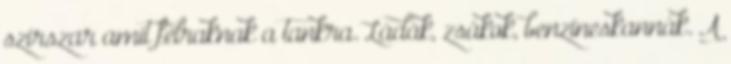
szirszar amit felraknak a tankra. Ládák, zsákok, benzineskannák. A